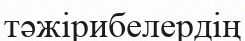
тәжірибелердің